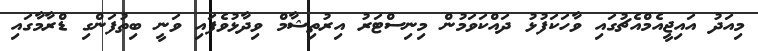
މިއަދު އައިޖީއެމްއެޗުގައި ވާހަކަފުޅު ދައްކަވަމުން މިނިސްޓަރު އިރުތިޝާމް ވިދާޅުވެފައި ވަނީ ބިތުފަންގި ޑްރާމާގައި